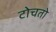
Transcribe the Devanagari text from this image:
टोचतो